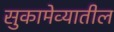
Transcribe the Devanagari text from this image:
सुकामेव्यातील